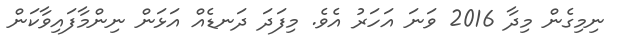
ނިމިގެން މިދާ 2016 ވަނަ އަހަރު އެވެ. މިފަދަ ދަނޑެއް އަޅަން ނިންމާފައިވާކަން